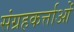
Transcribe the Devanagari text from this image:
संग्रहकर्त्ताओं